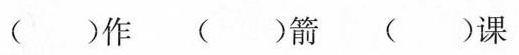
( )作 ( )箭 ( )课